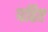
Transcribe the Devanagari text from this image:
पढिए